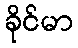
ခိုင်မာ